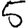
Digit: 5